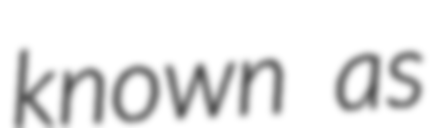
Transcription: known as